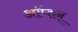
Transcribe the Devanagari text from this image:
ऑप्शन्